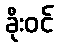
ခိုးဝင်